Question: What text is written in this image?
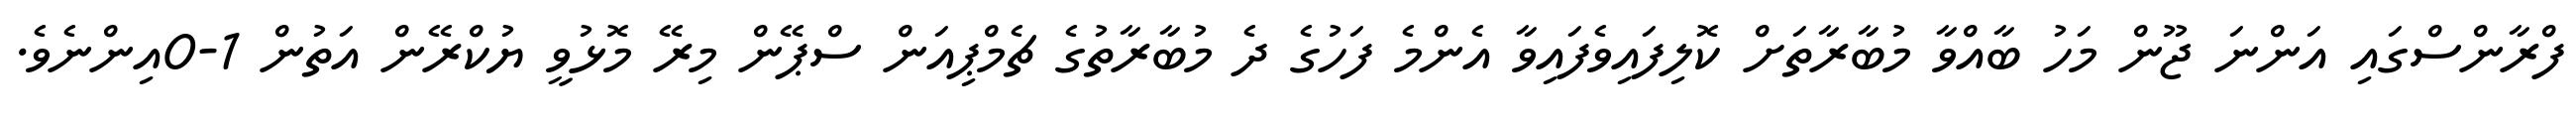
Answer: ފްރާންސްގައި އަންނަ ޖޫން މަހު ބާއްވާ މުބާރާތަށް ކޮލިފައިވެފައިވާ އެންމެ ފަހުގެ ދެ މުބާރާތުގެ ޗެމްޕިއަން ސްޕޭން މިރޭ މޮޅުވީ ޔުކްރޭން އަތުން 1-0އިންނެވެ.